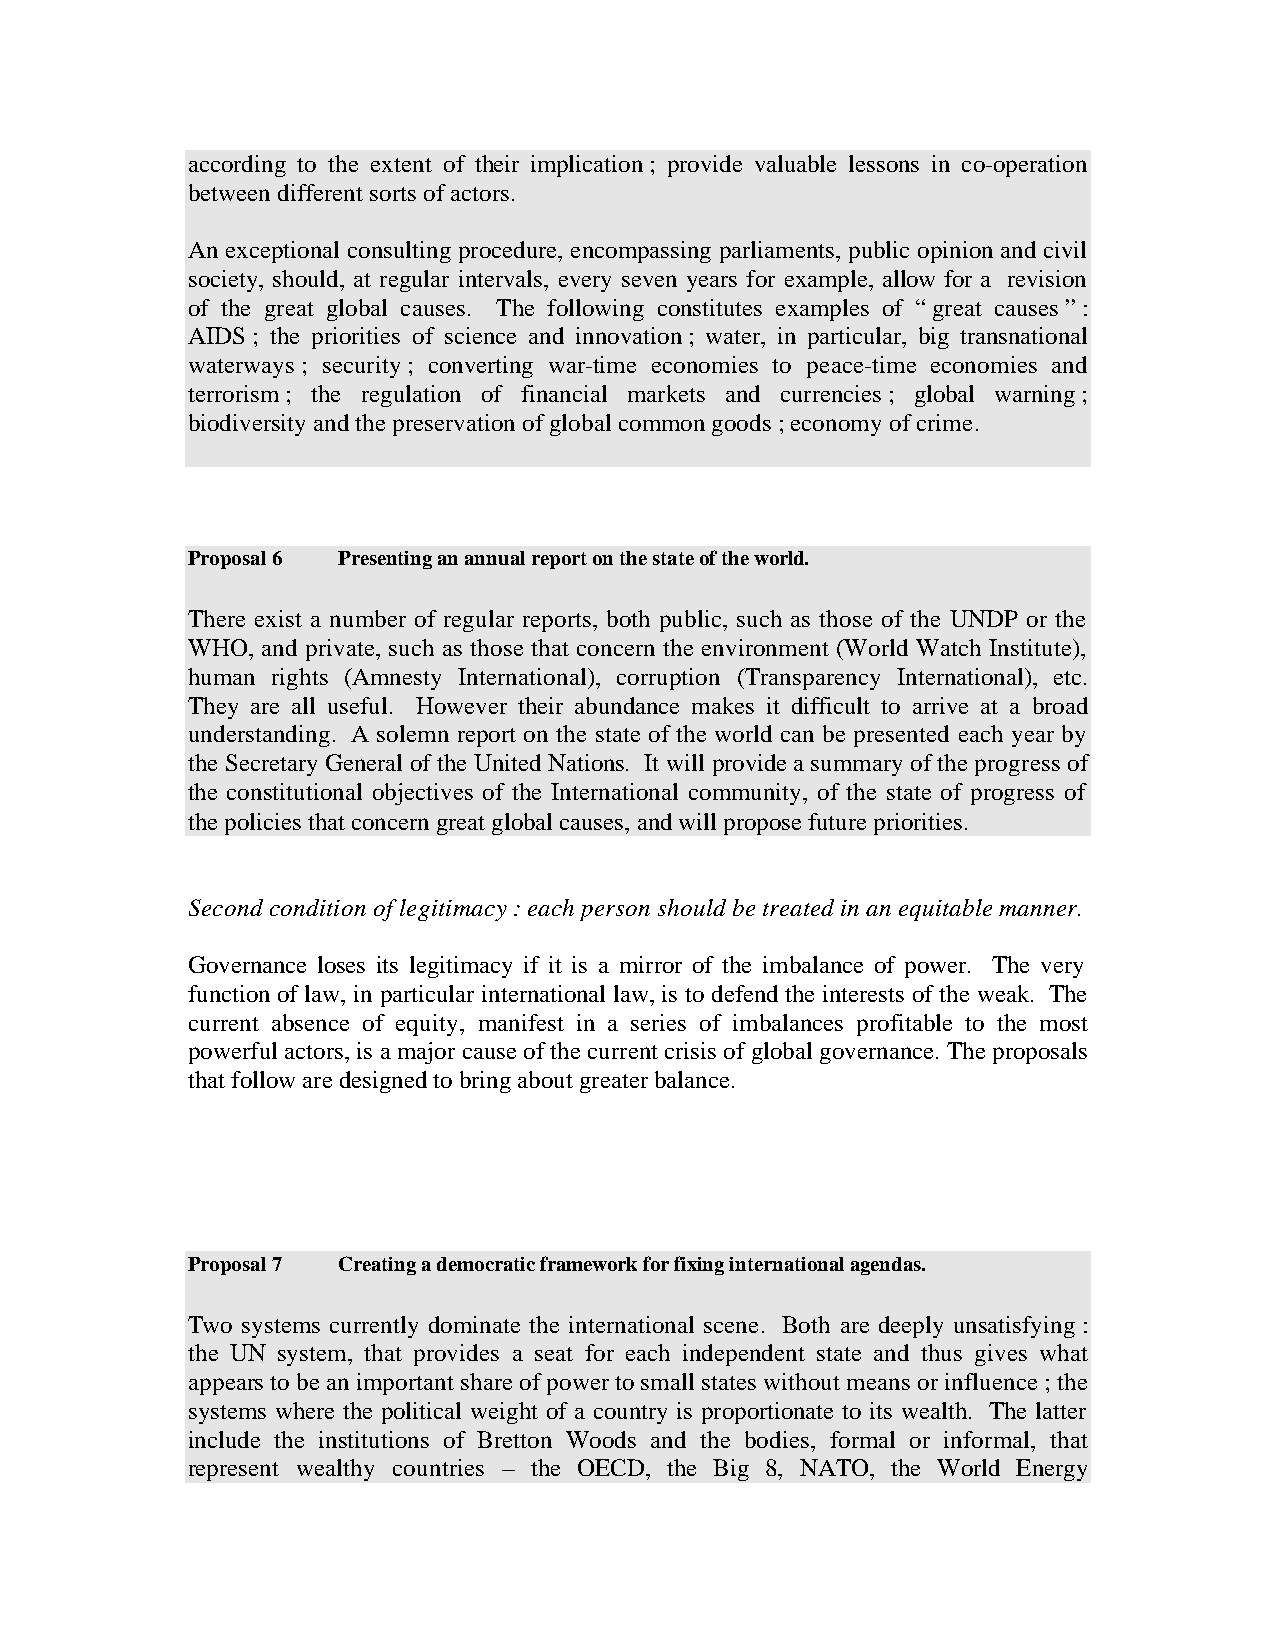
according to the extent of their implication ; provide valuable lessons in co-operation
 between different sorts of actors.
 An exceptional consulting procedure, encompassing parliaments, public opinion and civil
 society, should, at regular intervals, every seven years for example, allow for a revision
 of the great global causes. The following constitutes examples of “ great causes ” :
 AIDS ; the priorities of science and innovation ; water, in particular, big transnational
 waterways ; security ; converting war-time economies to peace-time economies and
 terrorism ; the regulation of financial markets and currencies ; global warning ;
 biodiversity and the preservation of global common goods ; economy of crime.
 Proposal 6 Presenting an annual report on the state of the world.
 There exist a number of regular reports, both public, such as those of the UNDP or the
 WHO, and private, such as those that concern the environment (World Watch Institute),
 human rights (Amnesty International), corruption (Transparency International), etc.
 They are all useful. However their abundance makes it difficult to arrive at a broad
 understanding. A solemn report on the state of the world can be presented each year by
 the Secretary General of the United Nations. It will provide a summary of the progress of
 the constitutional objectives of the International community, of the state of progress of
 the policies that concern great global causes, and will propose future priorities.
 Second condition of legitimacy : each person should be treated in an equitable manner.
 Governance loses its legitimacy if it is a mirror of the imbalance of power. The very
 function of law, in particular international law, is to defend the interests of the weak. The
 current absence of equity, manifest in a series of imbalances profitable to the most
 powerful actors, is a major cause of the current crisis of global governance. The proposals
 that follow are designed to bring about greater balance.
 Proposal 7 Creating a democratic framework for fixing international agendas.
 Two systems currently dominate the international scene. Both are deeply unsatisfying :
 the UN system, that provides a seat for each independent state and thus gives what
 appears to be an important share of power to small states without means or influence ; the
 systems where the political weight of a country is proportionate to its wealth. The latter
 include the institutions of Bretton Woods and the bodies, formal or informal, that
 represent wealthy countries – the OECD, the Big 8, NATO, the World Energy